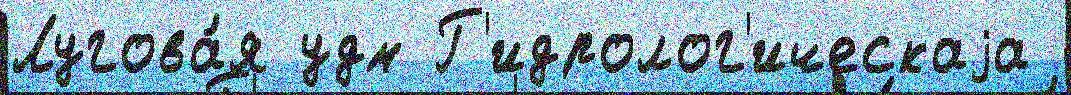
Лугова́я удм Г'идролог'ическаjа